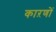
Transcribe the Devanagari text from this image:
काऱणों